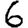
Digit: 6